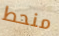
منحط